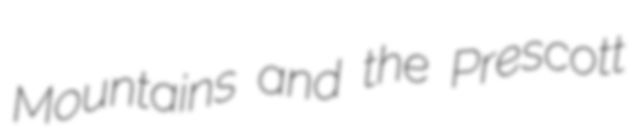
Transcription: Mountains and the Prescott